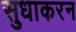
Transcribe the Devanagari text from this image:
सुधाकरन